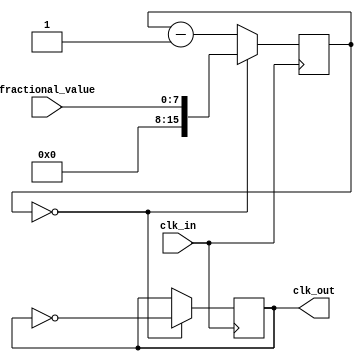
module fractional_clock_divider (
    input wire clk_in,
    input wire [7:0] fractional_value,
    output reg clk_out
);

reg [15:0] count;

always @(posedge clk_in) begin
    if (count == 16'd0) begin
        count <= fractional_value;
        clk_out <= ~clk_out;
    end else begin
        count <= count - 1;
    end
end

endmodule